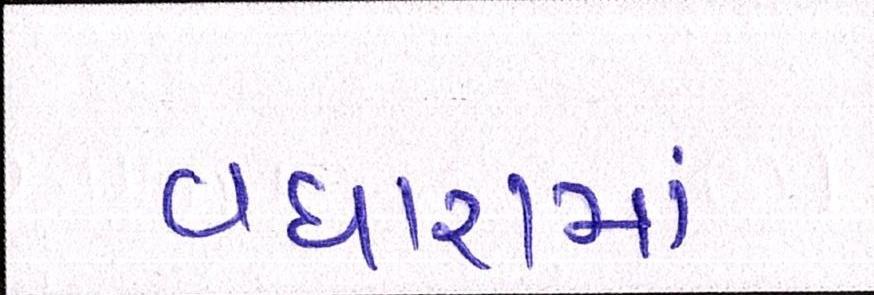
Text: વધારામાં